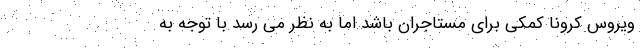
ویروس کرونا کمکی برای مستاجران باشد اما به نظر می رسد با توجه به